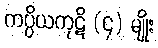
ကပ္ပိယကုဋိ (၄) မျိုး